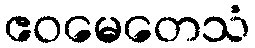
ဧဝမေတေသံ